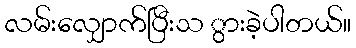
လမ်းလျှောက်ပြီးသ ွားခဲ့ပါတယ်။